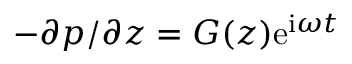
- { \partial p } / { \partial z } = G ( z ) \mathrm { e } ^ { \mathrm { i } \omega t }